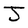
Character: J